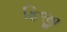
ફિજી